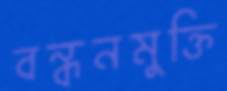
বন্ধনমুক্তি